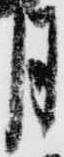
月